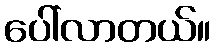
ပေါ်လာတယ်။